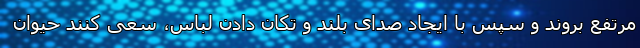
مرتفع بروند و سپس با ایجاد صدای بلند و تکان دادن لباس، سعی کنند حیوان